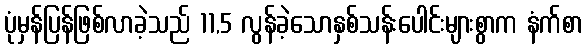
ပုံမှန်ပြန်ဖြစ်လာခဲ့သည် 11,5 လွန်ခဲ့သောနှစ်သန်းပေါင်းများစွာက နံက်စာ